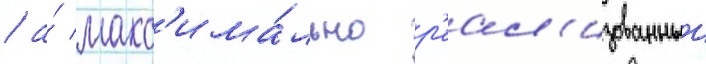
/ а́ макс'има́льно р'еал'изованныи